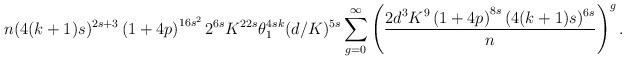
LaTeX: \begin{align*}n(4(k+1)s)^{2s+3}\left(1+4p\right)^{16s^2}2^{6s}K^{22s}\theta_1^{4sk} (d/K)^{5s}\sum_{g=0}^{\infty} \left( \frac{2d^3K^{9}\left(1+4p\right)^{8s} (4(k+1)s)^{6s}}{ n}\right)^g.\end{align*}